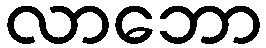
လာဘော